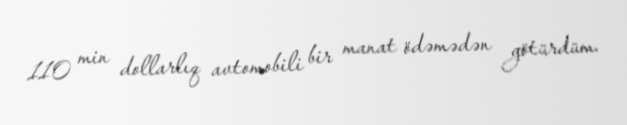
110 min dollarlıq avtomobili bir manat ödəmədən götürdüm.